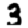
Digit: 3